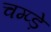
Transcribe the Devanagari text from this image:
चम्प्ड़े